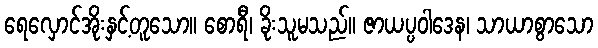
ရေလှောင်အိုးနှင့်တူသော။ စောရီ၊ ခိုးသူမသည်။ ဇာယပ္ပဝါဒေန၊ သာယာစွာသော